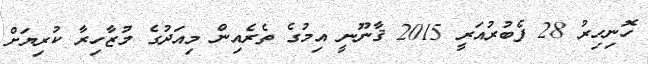
ހޮނިހިރު 28 ފެބުރުއަރީ 2015 ޤާނޫނީ އިމުގެ ތެރެއިން މިއަދުގެ މުޒާހިރާ ކުރިޔަށް